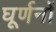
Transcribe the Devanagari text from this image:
घूर्णनों